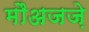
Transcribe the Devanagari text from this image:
मौअजज़े